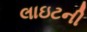
લાઇટની